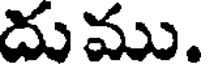
దుము.